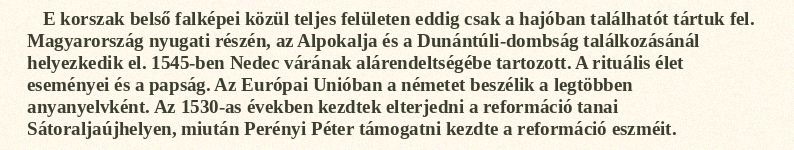
E korszak belső falképei közül teljes felületen eddig csak a hajóban találhatót tártuk fel. Magyarország nyugati részén, az Alpokalja és a Dunántúli-dombság találkozásánál helyezkedik el. 1545-ben Nedec várának alárendeltségébe tartozott. A rituális élet eseményei és a papság. Az Európai Unióban a németet beszélik a legtöbben anyanyelvként. Az 1530-as években kezdtek elterjedni a reformáció tanai Sátoraljaújhelyen, miután Perényi Péter támogatni kezdte a reformáció eszméit.